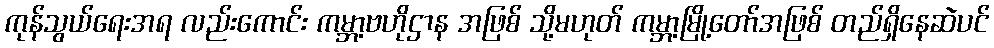
ကုန်သွယ်ရေးအရ လည်းကောင်း ကမ္ဘာ့ဗဟိုဌာန အဖြစ် သို့မဟုတ် ကမ္ဘာ့မြို့တော်အဖြစ် တည်ရှိနေဆဲပင်